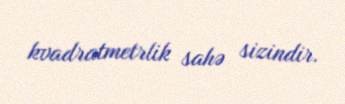
kvadratmetrlik sahə sizindir.